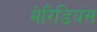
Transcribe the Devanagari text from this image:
मेरिडियंस